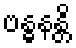
ဗန္ဓနန္တိ